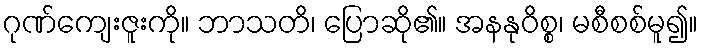
ဂုဏ်ကျေးဇူးကို။ ဘာသတိ၊ ပြောဆို၏။ အနနုဝိစ္စ၊ မစီစစ်မူ၍။